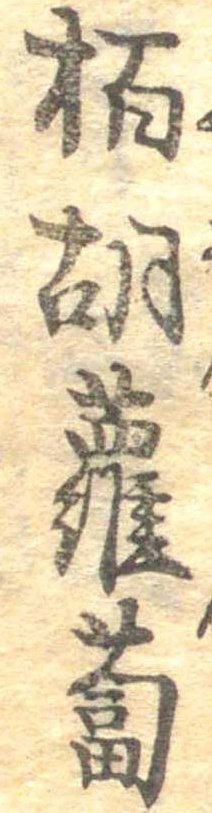
柏胡蘿蔔